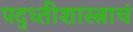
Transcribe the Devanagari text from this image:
पद्ध्तीशास्त्राचं